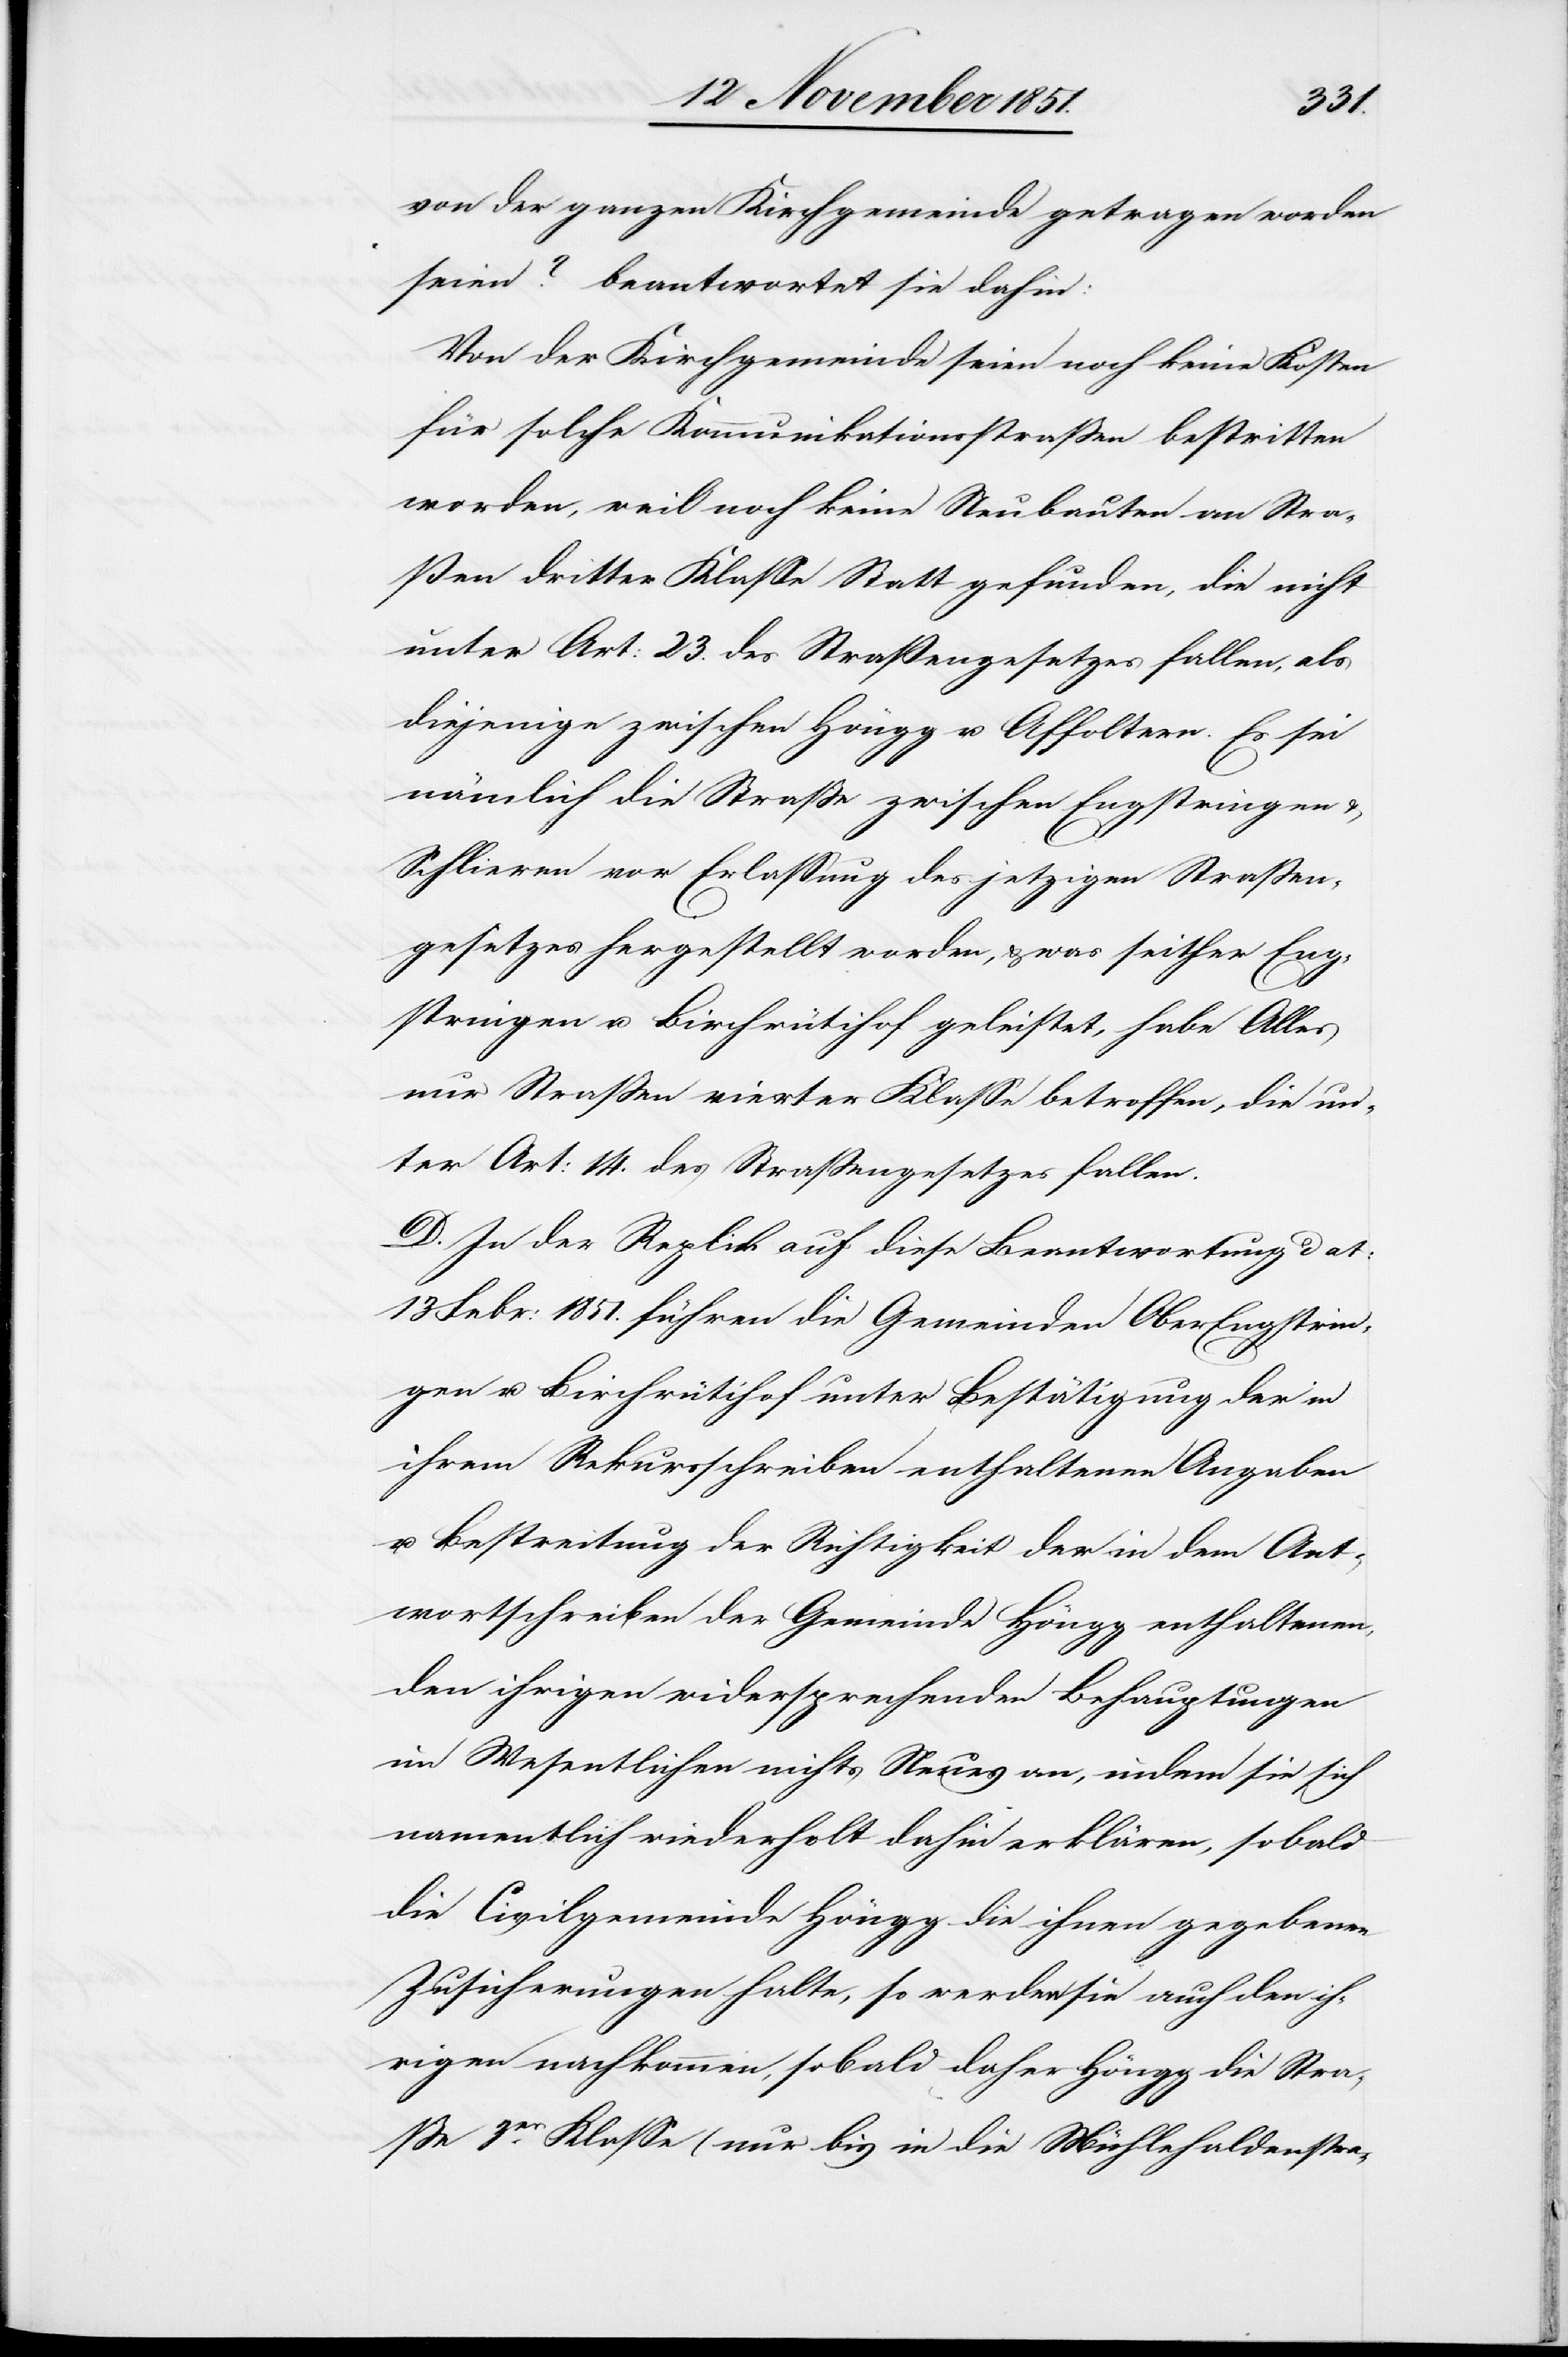
von der ganzen Kirchgemeinde getragen worden
seien? beantwortet sie dahin:
Von der Kirchgemeinde seien noch keine Kosten
für solche Kommunikationsstraßen bestritten
worden, weil noch keine Neubauten an Stra¬
ßen dritter Klasse Statt gefunden, die nicht
unter Art: 23. des Straßengesetzes fallen, als
diejenige zwischen Höngg u. Affoltern. Es sei
nämlich die Straße zwischen Engstringen &
Schlieren vor Erlassung des jetzigen Straßen¬
gesetzes hergestellt worden, & was seither Eng¬
stringen u. Birchrütihof geleistet, habe Alles
nur Straßen vierter Klasse betroffen, die un¬
ter Art: 14. des Straßengesetzes fallen.
D. In der Replik auf diese Beantwortung dat:
13 Febr: 1851. führen die Gemeinden OberEngstrin¬
gen u. Birchrütihof unter Bestätigung der in
ihrem Rekursschreiben enthaltenen Angaben
u. Bestreitung der Richtigkeit der in dem Ant¬
wortschreiben der Gemeinde Höngg enthaltenen,
den ihrigen widersprechenden Behauptungen
im Wesentlichen nichts Neues an, indem sie sich
namentlich wiederholt dahin erklären, sobald
die Civilgemeinde Höngg die ihnen gegebenen
Zusicherungen halte, so werden sie auch den ih¬
rigen nachkommen, sobald daher Höngg die Stra¬
ße 3er. Klasse (nur bis in die Mühlehaldenstra-